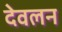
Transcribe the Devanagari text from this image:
देवलन